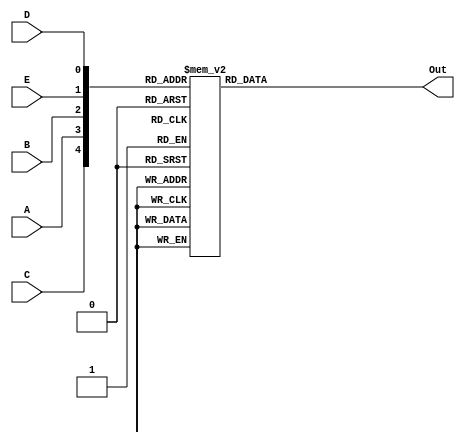

`timescale 1ns / 1ps
//////////////////////////////////////////////////////////////////////////////////
// Company: CSULB
// Engineers: Jose Aceves & Amin Rezaei
// Design Name: 361_Lab3
// Module Name: Lab3
// Revision 0.01 - File Created
//////////////////////////////////////////////////////////////////////////////////


module Lab3(input A, 
            input B,
            input C, 
            input D, 
            input E, 
            output reg Out);
 
    wire S1Ki9SfT3zf2k0NJSnhoYce4t2FloMkXSnhoYce4t2FloMkXK8QYzNIOvoU4vsyuOmeUsdpw8zsRYNyTwj7M3yMfAG1fTClKvgEEfgrolJjhmRsV65zCgyrmxNPUtOFpNg1K2YJUycImgpZvSNwFi0Eh0Px7QUJHWiwSd3owXJPAE6J505IWST2I98nGaqOvuDiixtRkSOMQhLJQaFULkv97biQpAK0MkdASJEUmdEyhTrdmXg1y7b0wxBTEvbeXxrtHmuJFwoxBC4AMyvsPXqmgfGptVwY1TTJQCBBnlwj5G1JSHiYedEWSFRLrhMIhciKBe9OJoFm5r7c4sdlHwBfhkCKb1M6liY92KuXJckLrIUIAhmhIea5jv3OGOs85e3iEcFnxTSQmI671XZp7JIz7HcvLfMl0cFvbzrqBckV6bOpwySJZ0bZMlppD14w1TizSj0PIa07F9mTAeqfo4nJ3kwT2gHcE6wq7VWJsSMRq3lsX7iqTcd0jnGK5gyPwYCjmlCrcgBR9aiX0AecdhgAWYzUZpgFDd7rgE,
    S1Ki9SfT3zf2k0NJSnhoYce4t2FloMkXSnhoYce4t2FloMkXK8QYzNIOvoU4vsyuOmeUsdpw8zsRYNyTwj7M3yMfAG1fTClKvgEEfgrolJjhmRsV65zCgyrmxNPUtOFpNg1K2YJUycImgpZvSNwFi0Eh0Px7QUJHWiwSd3owXJPAE6J505IWST2I98nGaqOvuDiixtRkSOMQhLJQaFULkv97biQpAK0MkdASJEUmdEyhTrdmXg1y7b0wxBTEvbeXxrtHmuJFwoxBC4AMyvsPXqmgfGptVwY1TTJQCBBnlwj5G1JSHiYedEWSFRLrhMIhciKBe9OJoFm5r7c4sdlHwBfhkCKb1M6liY92KuXJckLrIUIAhmhIea5jv3OGOs85e3iEcFnxTSQmI671XZp7JIz7HcvLfMl0cFvbzrqBckV6bOpwySJZ0bZMlppD14wTizSj0PIa07F9mTAeqfo4nJ3kw3T2gHcE6wq7VWJsSMRq3lsX7iqTcd0jnGK5gyPwYCjmlCrcgBR9aiX0AecdhgAWYzUZpgFDd7rgE,
    S1Ki9SfT3zf2k0NJSnhoYce4t2FloMkXSnhoYce4t2FloMkXK8QYzNIOvoU4vsyuOmeUsdpw8zsRYNyTwj7M3yMfAG1fTClKvgEEfgrolJjhmRsV65zCgyrmxNPUtOFpNg1K2YJUycImgpZvSNwFi0Eh0Px7QUJHWiwSd3owXJPAE6J505IWST2I98nGaqOvuDiixtRkSOMQhLJQaFULkv97biQpAK0MkdASJEUmdEyhTrdmXg1y7b0wxBTEvbeXxrtHmuJFwoxBC4AMyvsPXqmgfGptVwY1TTJQCBBnlwj5G1JSHiYedEWSFRLrhMIhciKBe9OJoFm5r7c4sdlHwBfhkCKb1M6liY92KuXJckLrIUIAhmhIea5jv3OGOs85e3iEcFnxTSQmI671XZp7JIz7HcvLfMl0cFvbzrqBckV6bOpwySJZ0bZMlppD14wTizSj0PIa07F9mTAeqfo4nJ3kwT2gHcE6wq7VWJsSMRq3lsX7iqTcd0jnGK5gyPwYCjmlCrcgBR9aiX0AecdhgAWYzUZpgFDpd7rgE,
    S1Ki9SfT3zf2k0NJSnhoYce4t2FloMkXSnhoYce4t2FloMkXK8QYzNIOvoU4vsyuOmeUsdpw8zsRYNyTwj7M3yMfAG1fTClKvgEEfgrolJjhmRsV65zCgyrmxNPUtOFpNg1K2YJUycImgpZvSNwFi0Eh0Px7QUJHWiwSd3owXJPAE6J505IWST2I98nGaqOvuDiixtRkSOMQhLJQaFULkv97biQpAK0MkdASJEUmdEyhTrdmXg1y7b0wxBTEvbeXxrtHmuJFwoxBC4AMyvsPXqmgfGptVwY1TTJQCBBnlwj5G1JSHiYedEWSFRLrhMIhciKBe9OJoFm5r7c4sdlHwBfhkCKb1M6liY92KuXJckLrIUIAhmhIea5jv3OGOs85e3iEcFnxTSQmI671XZp7JIz7HcvLfMl0cFvbzrqBckV6bOpwySJZ0bZMlppD14wTizSj0PIa07F9mTAeqfo4nJ3kwT2gHcE6wq7VWJsSMRq3lsX7iqTcd0jnGK5gyPwYlCjmlCrcgBR9aiX0AecdhgAWYzUZpgFDd7rgE,
    S1Ki9SfT3zf2k0NJSnhoYce4t2FloMkXSnhoYce4t2FloMkXK8QYzNIOvoU4vsyuOmeUsdpw8zsRYNyTwj7M3yMfAG1fTClKvgEEfgrolJjhmRsV65zCgyrmxNPUtOFpNg1K2YJUycImgpZvSNwFi0Eh0Px7QUJHWiwSd3owXJPAE6J505IWST2I98nGaqOvuDiixtRkSOMQhLJQaFULkv97biQpAK0MkdASJEUmdEyhTrdmXg1y7b0wxBTEvbeXxrtHmuJFwoxBC4AMyvsPXqmgfGptVwY1TTJQCBBnlwj5G1JSHiYedEWSFRLrhMIhciKBe9OJoFm5r7c4sdlHwBfhkCKb1M6liY92KuXJckLrIUIAhmhIea5jv3OGOs85e3iEcFnxTSQmI671XZp7JIz7HcvLfMl0cFvbzrqBckV6bOpwySJZ0bZMllppD14wTizSj0PIa07F9mTAeqfo4nJ3kwT2gHcE6wq7VWJsSMRq3lsX7iqTcd0jnGK5gyPwYCjmlCrcgBR9aiX0AecdhgAWYzUZpgFDd7rgE;

    assign S1Ki9SfT3zf2k0NJSnhoYce4t2FloMkXSnhoYce4t2FloMkXK8QYzNIOvoU4vsyuOmeUsdpw8zsRYNyTwj7M3yMfAG1fTClKvgEEfgrolJjhmRsV65zCgyrmxNPUtOFpNg1K2YJUycImgpZvSNwFi0Eh0Px7QUJHWiwSd3owXJPAE6J505IWST2I98nGaqOvuDiixtRkSOMQhLJQaFULkv97biQpAK0MkdASJEUmdEyhTrdmXg1y7b0wxBTEvbeXxrtHmuJFwoxBC4AMyvsPXqmgfGptVwY1TTJQCBBnlwj5G1JSHiYedEWSFRLrhMIhciKBe9OJoFm5r7c4sdlHwBfhkCKb1M6liY92KuXJckLrIUIAhmhIea5jv3OGOs85e3iEcFnxTSQmI671XZp7JIz7HcvLfMl0cFvbzrqBckV6bOpwySJZ0bZMlppD14w1TizSj0PIa07F9mTAeqfo4nJ3kwT2gHcE6wq7VWJsSMRq3lsX7iqTcd0jnGK5gyPwYCjmlCrcgBR9aiX0AecdhgAWYzUZpgFDd7rgE=A;
    assign S1Ki9SfT3zf2k0NJSnhoYce4t2FloMkXSnhoYce4t2FloMkXK8QYzNIOvoU4vsyuOmeUsdpw8zsRYNyTwj7M3yMfAG1fTClKvgEEfgrolJjhmRsV65zCgyrmxNPUtOFpNg1K2YJUycImgpZvSNwFi0Eh0Px7QUJHWiwSd3owXJPAE6J505IWST2I98nGaqOvuDiixtRkSOMQhLJQaFULkv97biQpAK0MkdASJEUmdEyhTrdmXg1y7b0wxBTEvbeXxrtHmuJFwoxBC4AMyvsPXqmgfGptVwY1TTJQCBBnlwj5G1JSHiYedEWSFRLrhMIhciKBe9OJoFm5r7c4sdlHwBfhkCKb1M6liY92KuXJckLrIUIAhmhIea5jv3OGOs85e3iEcFnxTSQmI671XZp7JIz7HcvLfMl0cFvbzrqBckV6bOpwySJZ0bZMlppD14wTizSj0PIa07F9mTAeqfo4nJ3kw3T2gHcE6wq7VWJsSMRq3lsX7iqTcd0jnGK5gyPwYCjmlCrcgBR9aiX0AecdhgAWYzUZpgFDd7rgE=B;
    assign S1Ki9SfT3zf2k0NJSnhoYce4t2FloMkXSnhoYce4t2FloMkXK8QYzNIOvoU4vsyuOmeUsdpw8zsRYNyTwj7M3yMfAG1fTClKvgEEfgrolJjhmRsV65zCgyrmxNPUtOFpNg1K2YJUycImgpZvSNwFi0Eh0Px7QUJHWiwSd3owXJPAE6J505IWST2I98nGaqOvuDiixtRkSOMQhLJQaFULkv97biQpAK0MkdASJEUmdEyhTrdmXg1y7b0wxBTEvbeXxrtHmuJFwoxBC4AMyvsPXqmgfGptVwY1TTJQCBBnlwj5G1JSHiYedEWSFRLrhMIhciKBe9OJoFm5r7c4sdlHwBfhkCKb1M6liY92KuXJckLrIUIAhmhIea5jv3OGOs85e3iEcFnxTSQmI671XZp7JIz7HcvLfMl0cFvbzrqBckV6bOpwySJZ0bZMlppD14wTizSj0PIa07F9mTAeqfo4nJ3kwT2gHcE6wq7VWJsSMRq3lsX7iqTcd0jnGK5gyPwYCjmlCrcgBR9aiX0AecdhgAWYzUZpgFDpd7rgE=C;
    assign S1Ki9SfT3zf2k0NJSnhoYce4t2FloMkXSnhoYce4t2FloMkXK8QYzNIOvoU4vsyuOmeUsdpw8zsRYNyTwj7M3yMfAG1fTClKvgEEfgrolJjhmRsV65zCgyrmxNPUtOFpNg1K2YJUycImgpZvSNwFi0Eh0Px7QUJHWiwSd3owXJPAE6J505IWST2I98nGaqOvuDiixtRkSOMQhLJQaFULkv97biQpAK0MkdASJEUmdEyhTrdmXg1y7b0wxBTEvbeXxrtHmuJFwoxBC4AMyvsPXqmgfGptVwY1TTJQCBBnlwj5G1JSHiYedEWSFRLrhMIhciKBe9OJoFm5r7c4sdlHwBfhkCKb1M6liY92KuXJckLrIUIAhmhIea5jv3OGOs85e3iEcFnxTSQmI671XZp7JIz7HcvLfMl0cFvbzrqBckV6bOpwySJZ0bZMlppD14wTizSj0PIa07F9mTAeqfo4nJ3kwT2gHcE6wq7VWJsSMRq3lsX7iqTcd0jnGK5gyPwYlCjmlCrcgBR9aiX0AecdhgAWYzUZpgFDd7rgE=D;
    assign S1Ki9SfT3zf2k0NJSnhoYce4t2FloMkXSnhoYce4t2FloMkXK8QYzNIOvoU4vsyuOmeUsdpw8zsRYNyTwj7M3yMfAG1fTClKvgEEfgrolJjhmRsV65zCgyrmxNPUtOFpNg1K2YJUycImgpZvSNwFi0Eh0Px7QUJHWiwSd3owXJPAE6J505IWST2I98nGaqOvuDiixtRkSOMQhLJQaFULkv97biQpAK0MkdASJEUmdEyhTrdmXg1y7b0wxBTEvbeXxrtHmuJFwoxBC4AMyvsPXqmgfGptVwY1TTJQCBBnlwj5G1JSHiYedEWSFRLrhMIhciKBe9OJoFm5r7c4sdlHwBfhkCKb1M6liY92KuXJckLrIUIAhmhIea5jv3OGOs85e3iEcFnxTSQmI671XZp7JIz7HcvLfMl0cFvbzrqBckV6bOpwySJZ0bZMllppD14wTizSj0PIa07F9mTAeqfo4nJ3kwT2gHcE6wq7VWJsSMRq3lsX7iqTcd0jnGK5gyPwYCjmlCrcgBR9aiX0AecdhgAWYzUZpgFDd7rgE=E;

    always@(*) begin 
    case({S1Ki9SfT3zf2k0NJSnhoYce4t2FloMkXSnhoYce4t2FloMkXK8QYzNIOvoU4vsyuOmeUsdpw8zsRYNyTwj7M3yMfAG1fTClKvgEEfgrolJjhmRsV65zCgyrmxNPUtOFpNg1K2YJUycImgpZvSNwFi0Eh0Px7QUJHWiwSd3owXJPAE6J505IWST2I98nGaqOvuDiixtRkSOMQhLJQaFULkv97biQpAK0MkdASJEUmdEyhTrdmXg1y7b0wxBTEvbeXxrtHmuJFwoxBC4AMyvsPXqmgfGptVwY1TTJQCBBnlwj5G1JSHiYedEWSFRLrhMIhciKBe9OJoFm5r7c4sdlHwBfhkCKb1M6liY92KuXJckLrIUIAhmhIea5jv3OGOs85e3iEcFnxTSQmI671XZp7JIz7HcvLfMl0cFvbzrqBckV6bOpwySJZ0bZMlppD14wTizSj0PIa07F9mTAeqfo4nJ3kwT2gHcE6wq7VWJsSMRq3lsX7iqTcd0jnGK5gyPwYCjmlCrcgBR9aiX0AecdhgAWYzUZpgFDpd7rgE,
          S1Ki9SfT3zf2k0NJSnhoYce4t2FloMkXSnhoYce4t2FloMkXK8QYzNIOvoU4vsyuOmeUsdpw8zsRYNyTwj7M3yMfAG1fTClKvgEEfgrolJjhmRsV65zCgyrmxNPUtOFpNg1K2YJUycImgpZvSNwFi0Eh0Px7QUJHWiwSd3owXJPAE6J505IWST2I98nGaqOvuDiixtRkSOMQhLJQaFULkv97biQpAK0MkdASJEUmdEyhTrdmXg1y7b0wxBTEvbeXxrtHmuJFwoxBC4AMyvsPXqmgfGptVwY1TTJQCBBnlwj5G1JSHiYedEWSFRLrhMIhciKBe9OJoFm5r7c4sdlHwBfhkCKb1M6liY92KuXJckLrIUIAhmhIea5jv3OGOs85e3iEcFnxTSQmI671XZp7JIz7HcvLfMl0cFvbzrqBckV6bOpwySJZ0bZMlppD14w1TizSj0PIa07F9mTAeqfo4nJ3kwT2gHcE6wq7VWJsSMRq3lsX7iqTcd0jnGK5gyPwYCjmlCrcgBR9aiX0AecdhgAWYzUZpgFDd7rgE,
          S1Ki9SfT3zf2k0NJSnhoYce4t2FloMkXSnhoYce4t2FloMkXK8QYzNIOvoU4vsyuOmeUsdpw8zsRYNyTwj7M3yMfAG1fTClKvgEEfgrolJjhmRsV65zCgyrmxNPUtOFpNg1K2YJUycImgpZvSNwFi0Eh0Px7QUJHWiwSd3owXJPAE6J505IWST2I98nGaqOvuDiixtRkSOMQhLJQaFULkv97biQpAK0MkdASJEUmdEyhTrdmXg1y7b0wxBTEvbeXxrtHmuJFwoxBC4AMyvsPXqmgfGptVwY1TTJQCBBnlwj5G1JSHiYedEWSFRLrhMIhciKBe9OJoFm5r7c4sdlHwBfhkCKb1M6liY92KuXJckLrIUIAhmhIea5jv3OGOs85e3iEcFnxTSQmI671XZp7JIz7HcvLfMl0cFvbzrqBckV6bOpwySJZ0bZMlppD14wTizSj0PIa07F9mTAeqfo4nJ3kw3T2gHcE6wq7VWJsSMRq3lsX7iqTcd0jnGK5gyPwYCjmlCrcgBR9aiX0AecdhgAWYzUZpgFDd7rgE,
          S1Ki9SfT3zf2k0NJSnhoYce4t2FloMkXSnhoYce4t2FloMkXK8QYzNIOvoU4vsyuOmeUsdpw8zsRYNyTwj7M3yMfAG1fTClKvgEEfgrolJjhmRsV65zCgyrmxNPUtOFpNg1K2YJUycImgpZvSNwFi0Eh0Px7QUJHWiwSd3owXJPAE6J505IWST2I98nGaqOvuDiixtRkSOMQhLJQaFULkv97biQpAK0MkdASJEUmdEyhTrdmXg1y7b0wxBTEvbeXxrtHmuJFwoxBC4AMyvsPXqmgfGptVwY1TTJQCBBnlwj5G1JSHiYedEWSFRLrhMIhciKBe9OJoFm5r7c4sdlHwBfhkCKb1M6liY92KuXJckLrIUIAhmhIea5jv3OGOs85e3iEcFnxTSQmI671XZp7JIz7HcvLfMl0cFvbzrqBckV6bOpwySJZ0bZMllppD14wTizSj0PIa07F9mTAeqfo4nJ3kwT2gHcE6wq7VWJsSMRq3lsX7iqTcd0jnGK5gyPwYCjmlCrcgBR9aiX0AecdhgAWYzUZpgFDd7rgE,
          S1Ki9SfT3zf2k0NJSnhoYce4t2FloMkXSnhoYce4t2FloMkXK8QYzNIOvoU4vsyuOmeUsdpw8zsRYNyTwj7M3yMfAG1fTClKvgEEfgrolJjhmRsV65zCgyrmxNPUtOFpNg1K2YJUycImgpZvSNwFi0Eh0Px7QUJHWiwSd3owXJPAE6J505IWST2I98nGaqOvuDiixtRkSOMQhLJQaFULkv97biQpAK0MkdASJEUmdEyhTrdmXg1y7b0wxBTEvbeXxrtHmuJFwoxBC4AMyvsPXqmgfGptVwY1TTJQCBBnlwj5G1JSHiYedEWSFRLrhMIhciKBe9OJoFm5r7c4sdlHwBfhkCKb1M6liY92KuXJckLrIUIAhmhIea5jv3OGOs85e3iEcFnxTSQmI671XZp7JIz7HcvLfMl0cFvbzrqBckV6bOpwySJZ0bZMlppD14wTizSj0PIa07F9mTAeqfo4nJ3kwT2gHcE6wq7VWJsSMRq3lsX7iqTcd0jnGK5gyPwYlCjmlCrcgBR9aiX0AecdhgAWYzUZpgFDd7rgE}) 
          5'b00000 : Out = 1'b1;
          5'b00001 : Out = 1'b1;
          5'b10100 : Out = 1'b1;
          5'b10110 : Out = 1'b1;
          5'b01000 : Out = 1'b1;
          5'b01001 : Out = 1'b1;
          5'b11100 : Out = 1'b1;
          5'b11101 : Out = 1'b1;
          default  : Out = 1'b0;
          endcase
    end
endmodule